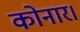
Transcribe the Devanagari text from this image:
कोनार।